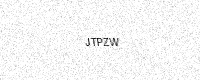
Text: JTPZW